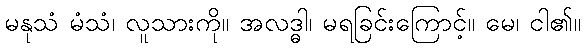
မနုသံ မံသံ၊ လူသားကို။ အလဒ္ဓါ၊ မရခြင်းကြောင့်။ မေ၊ ငါ၏။